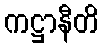
ကဋ္ဌာနီတိ